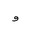
Letter: _waw